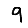
Digit: 9